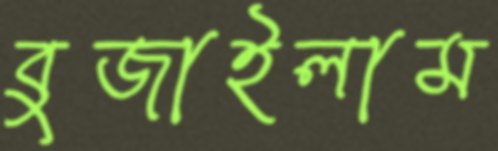
বুজাইলাম